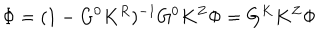
LaTeX: \Phi = ( 1 - G ^ { 0 } K ^ { R } ) ^ { - 1 } G ^ { 0 } K ^ { Z } \Phi = G ^ { K } K ^ { Z } \Phi